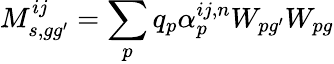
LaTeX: M_{s,gg^{\prime}}^{ij}=\sum_{p}q_{p}{\alpha}_{p}^{ij,n}W_{pg^{\prime}}W_{pg}